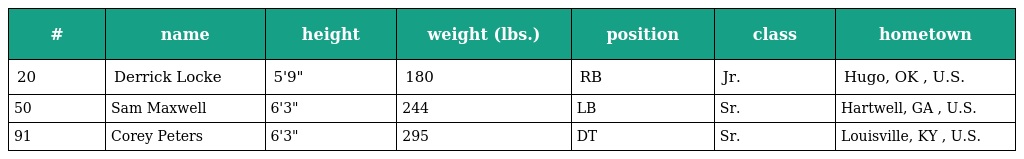
| # | name | height | weight (lbs.) | position | class | hometown |
 | --- | --- | --- | --- | --- | --- | --- |
 | 20 | Derrick Locke | 5'9" | 180 | RB | Jr. | Hugo, OK , U.S. |
 | 50 | Sam Maxwell | 6'3" | 244 | LB | Sr. | Hartwell, GA , U.S. |
 | 91 | Corey Peters | 6'3" | 295 | DT | Sr. | Louisville, KY , U.S. |